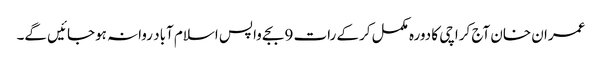
عمران خان آج کراچی کا دورہ مکمل کرکے رات 9 بجے واپس اسلام آباد روانہ ہوجائیں گے۔